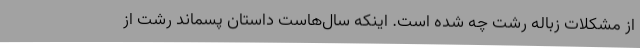
از مشکلات زباله رشت چه شده است. اینکه سال‌هاست داستان پسماند رشت از